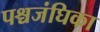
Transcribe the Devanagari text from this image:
पश्चजंघिका